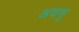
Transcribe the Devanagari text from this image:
अचणु